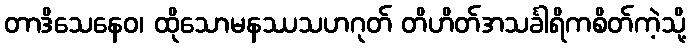
တာဒိသေနေဝ၊ ထိုသောမနဿသဟဂုတ် တိဟိတ်အသင်္ခါရိကစိတ်ကဲ့သို့